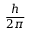
\frac { h } { 2 \pi }